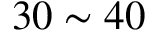
3 0 \sim 4 0